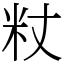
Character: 粀